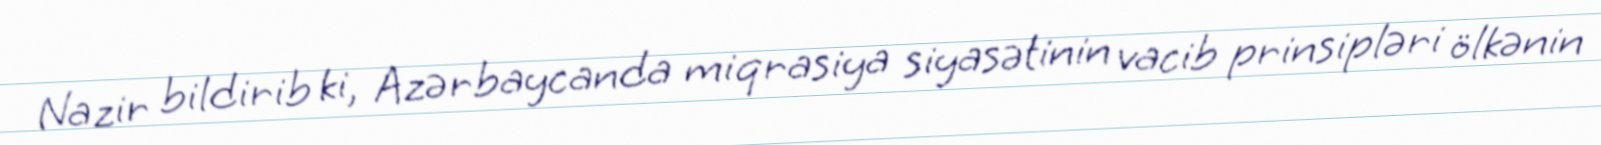
Nazir bildirib ki, Azərbaycanda miqrasiya siyasətinin vacib prinsipləri ölkənin